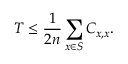
T \leq \frac { 1 } { 2 n } \sum _ { x \in S } C _ { x , x } .